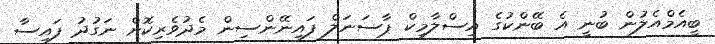
ބީއެމްއެލުން ބުނީ އެ ބޭންކުގެ އިސްލާމިކް ޕާސަނަލް ފައިނޭންސިން މެދުވެރިކޮށް ނަގުދު ފައިސާ